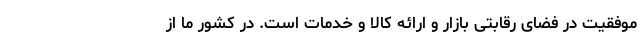
موفقیت در فضای رقابتی بازار و ارائه کالا و خدمات است. در کشور ما از